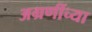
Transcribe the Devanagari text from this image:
अग्रणींच्या